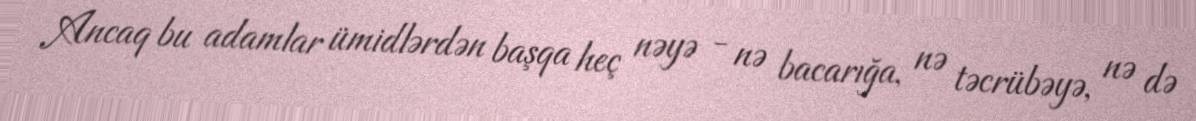
Ancaq bu adamlar ümidlərdən başqa heç nəyə - nə bacarığa, nə təcrübəyə, nə də